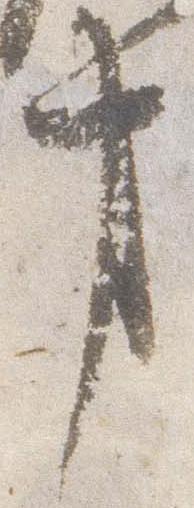
事